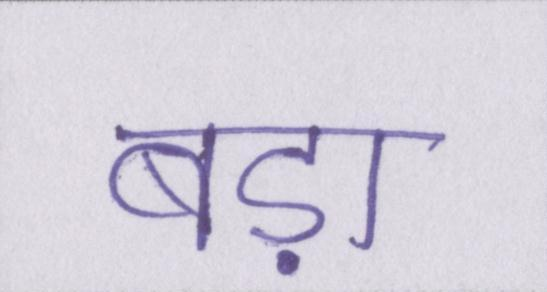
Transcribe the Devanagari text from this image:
बड़ा